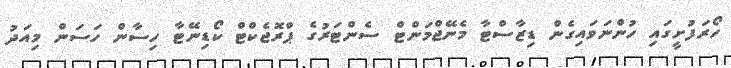
ހޯރަފުށީގައި ހުންނަވައިގެން ޑިޒާސްޓާ މެނޭޖްމަންޓް ސެންޓަރުގެ ޕްރޮޖެކްޓް ކޯޑިނޭޓާ ހިސާން ހަސަން މިއަދު